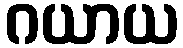
ဂယာယ